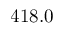
4 1 8 . 0